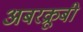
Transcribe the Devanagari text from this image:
अबरक्रूबी